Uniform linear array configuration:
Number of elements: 16
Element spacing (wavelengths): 0.5
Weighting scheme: cosine
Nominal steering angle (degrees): -45
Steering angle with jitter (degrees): -46.721
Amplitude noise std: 0.05
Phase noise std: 0.05

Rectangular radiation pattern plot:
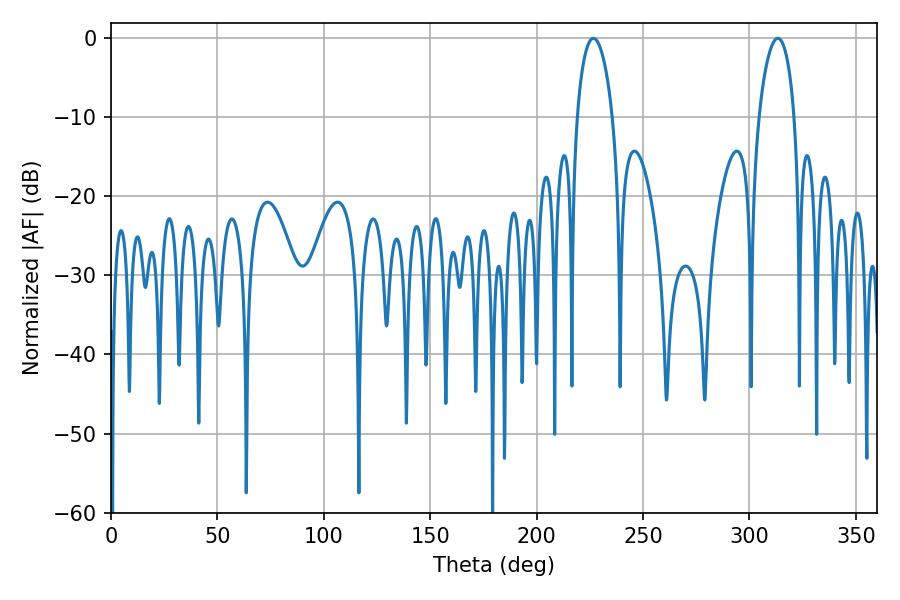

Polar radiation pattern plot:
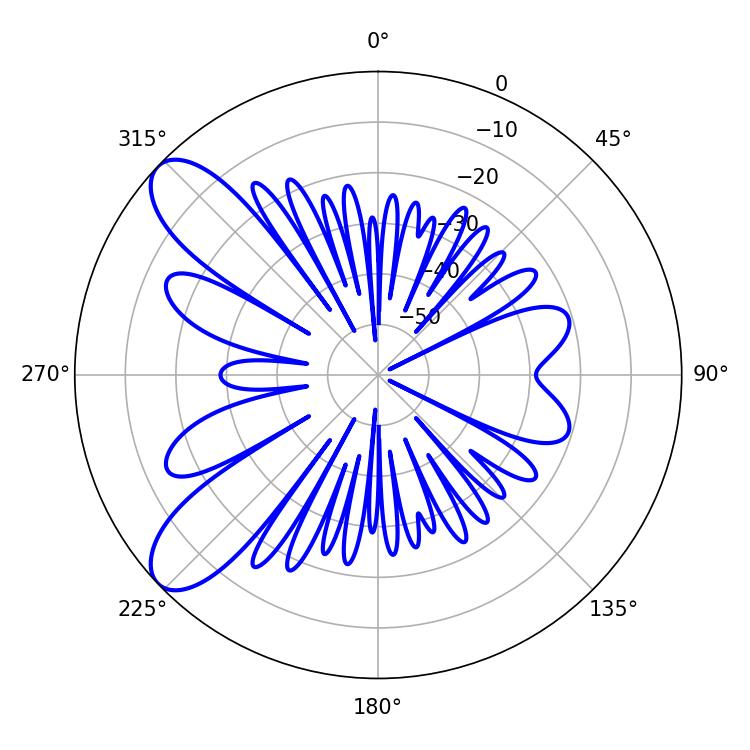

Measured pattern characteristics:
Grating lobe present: FALSE
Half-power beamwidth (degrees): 9.54
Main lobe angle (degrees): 226.62